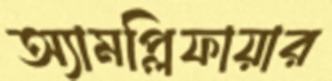
অ্যামপ্লিফায়ার